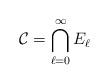
LaTeX: \begin{align*}\mathcal{C}=\bigcap_{\ell=0}^{\infty} E_\ell\end{align*}